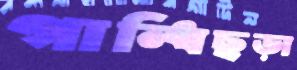
গান্ধিছড়া